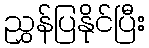
ညွှန်ပြနိုင်ပြီး